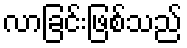
လာခြင်းဖြစ်သည်